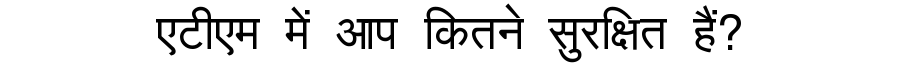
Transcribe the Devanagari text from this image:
एटीएम में आप कितने सुरक्षित हैं?